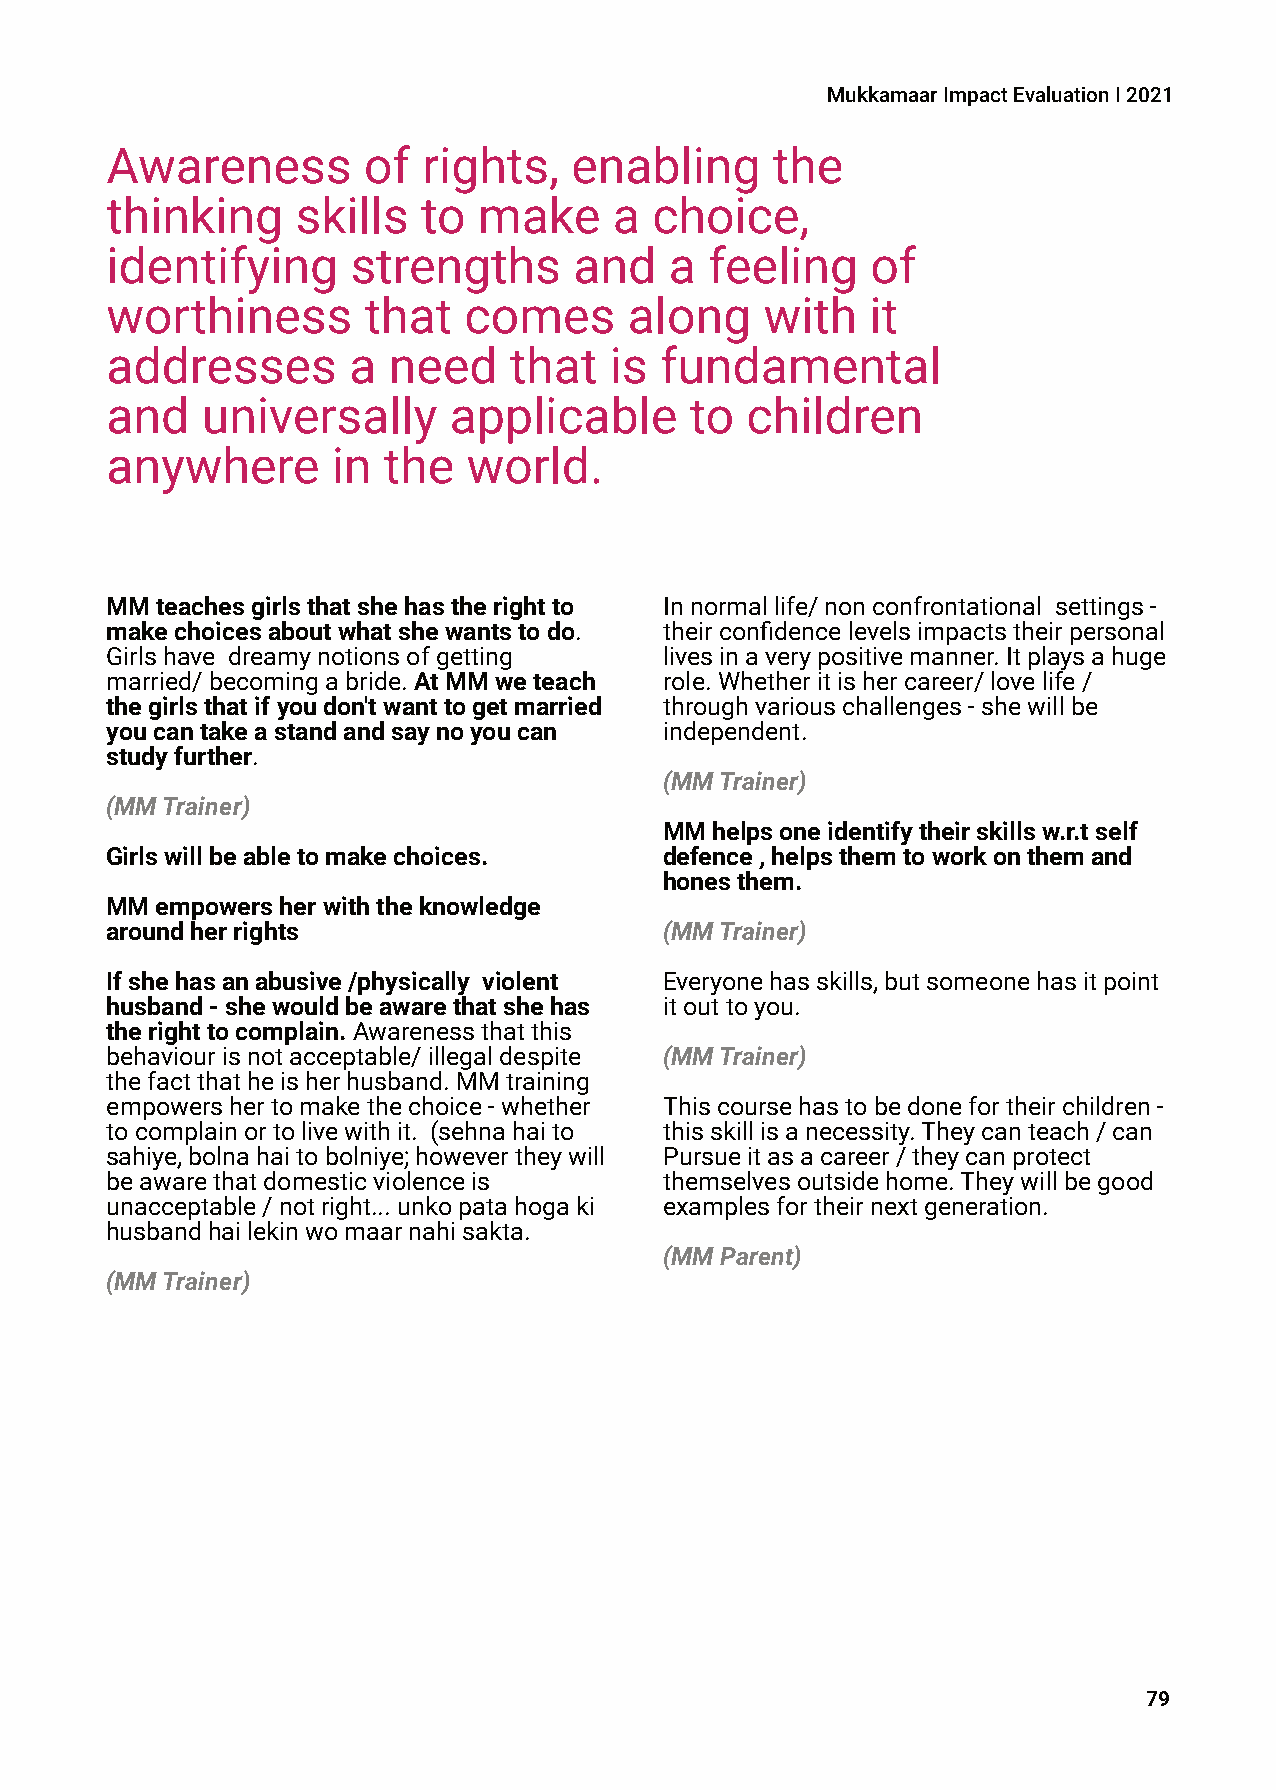
MukkamaarImpactEvaluationI2021
 Awareness        of  rights,   enabling     the
 thinking     skills  to  make     a choice,
 identifying     strengths      and   a  feeling    of
 worthiness       that   comes      along    with   it
 addresses       a  need    that  is  fundamental
 and   universally      applicable      to children
 anywhere       in the   world.
 MMteachesgirlsthatshehastherightto   Innormallife/nonconfrontational settings-
 makechoicesaboutwhatshewantstodo.    theirconfidencelevelsimpactstheirpersonal
 Girlshave dreamynotionsofgetting     livesinaverypositivemanner.Itplaysahuge
 married/becomingabride.AtMMweteach   role.Whetheritishercareer/lovelife/
 thegirlsthatifyoudon'twanttogetmarried throughvariouschallenges-shewillbe
 youcantakeastandandsaynoyoucan       independent.
 studyfurther.
 (MMTrainer)
 (MMTrainer)
 MMhelpsoneidentifytheirskillsw.r.tself
 Girlswillbeabletomakechoices.        defence,helpsthemtoworkonthemand
 honesthem.
 MMempowersherwiththeknowledge
 aroundherrights                      (MMTrainer)
 Ifshehasanabusive/physically violent Everyonehasskills,butsomeonehasitpoint
 husband-shewouldbeawarethatshehas    itouttoyou.
 therighttocomplain.Awarenessthatthis
 behaviourisnotacceptable/illegaldespite (MMTrainer)
 thefactthatheisherhusband.MMtraining
 empowershertomakethechoice-whether   Thiscoursehastobedonefortheirchildren-
 tocomplainortolivewithit. (sehnahaito thisskillisanecessity.Theycanteach/can
 sahiye,bolnahaitobolniye;howevertheywill Pursueitasacareer/theycanprotect
 beawarethatdomesticviolenceis        themselvesoutsidehome.Theywillbegood
 unacceptable/notright...unkopatahogaki examplesfortheirnextgeneration.
 husbandhailekinwomaarnahisakta.
 (MMParent)
 (MMTrainer)
 79